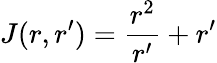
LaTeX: J(r,r^{\prime})=\frac{r^{2}}{r^{\prime}}+r^{\prime}